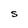
Character: S